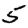
Digit: 5